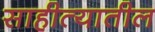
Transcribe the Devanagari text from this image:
साहीत्यातील